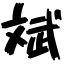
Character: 斌